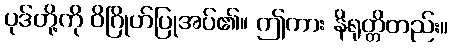
ပုဒ်တို့ကို ဝိဂြိုဟ်ပြုအပ်၏။ ဤကား နိရုတ္တိတည်း။